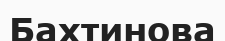
Бахтинова